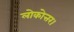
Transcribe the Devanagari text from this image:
लोकोत्तर।